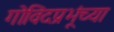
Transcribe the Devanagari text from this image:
गोविंदप्रभूंच्या